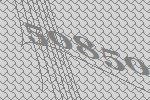
50850